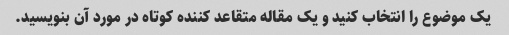
یک موضوع را انتخاب کنید و یک مقاله متقاعد کننده کوتاه در مورد آن بنویسید.